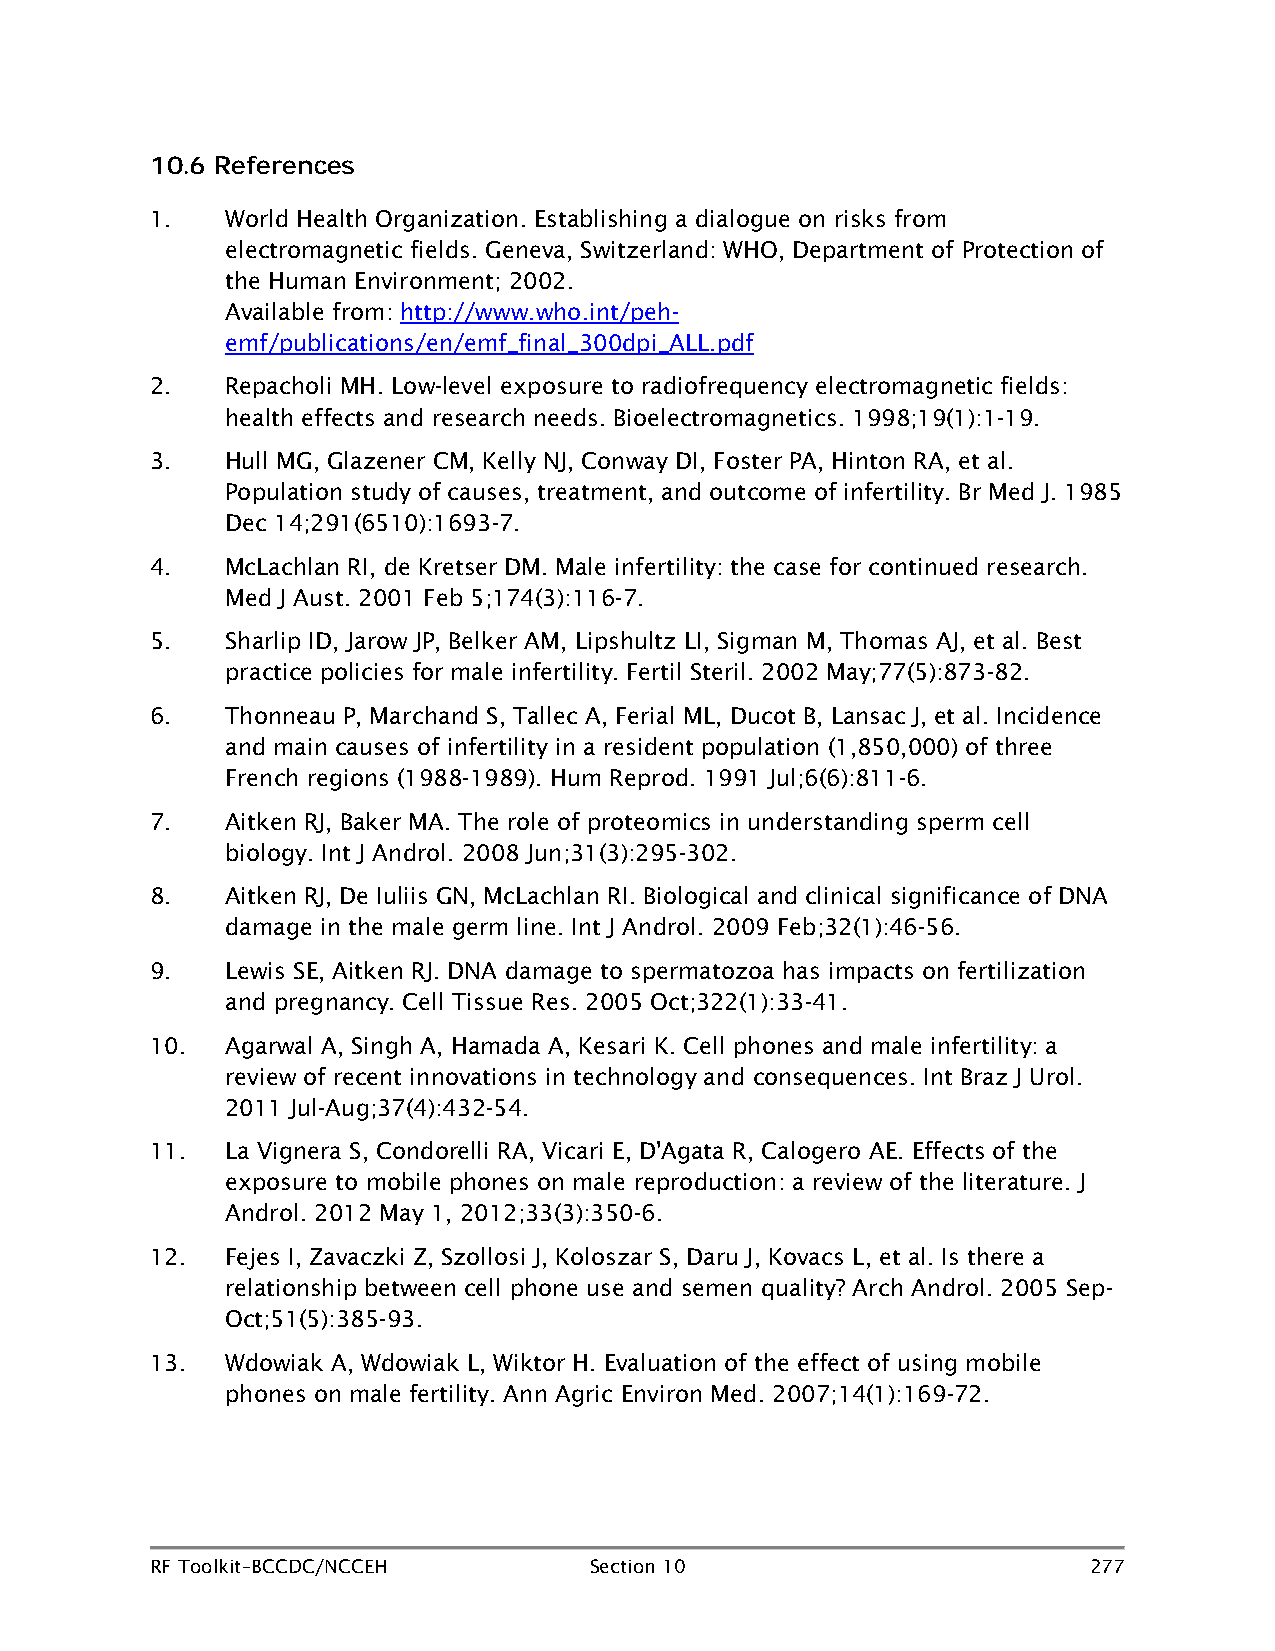
10.6 References
 1.   World Health Organization. Establishing a dialogue on risks from
 electromagnetic fields. Geneva, Switzerland: WHO, Department of Protection of
 the Human Environment; 2002.
 Available from: http://www.who.int/peh-
 emf/publications/en/emf_final_300dpi_ALL.pdf
 2.   Repacholi MH. Low-level exposure to radiofrequency electromagnetic fields:
 health effects and research needs. Bioelectromagnetics. 1998;19(1):1-19.
 3.   Hull MG, Glazener CM, Kelly NJ, Conway DI, Foster PA, Hinton RA, et al.
 Population study of causes, treatment, and outcome of infertility. Br Med J. 1985
 Dec 14;291(6510):1693-7.
 4.   McLachlan RI, de Kretser DM. Male infertility: the case for continued research.
 Med J Aust. 2001 Feb 5;174(3):116-7.
 5.   Sharlip ID, Jarow JP, Belker AM, Lipshultz LI, Sigman M, Thomas AJ, et al. Best
 practice policies for male infertility. Fertil Steril. 2002 May;77(5):873-82.
 6.   Thonneau P, Marchand S, Tallec A, Ferial ML, Ducot B, Lansac J, et al. Incidence
 and main causes of infertility in a resident population (1,850,000) of three
 French regions (1988-1989). Hum Reprod. 1991 Jul;6(6):811-6.
 7.   Aitken RJ, Baker MA. The role of proteomics in understanding sperm cell
 biology. Int J Androl. 2008 Jun;31(3):295-302.
 8.   Aitken RJ, De Iuliis GN, McLachlan RI. Biological and clinical significance of DNA
 damage in the male germ line. Int J Androl. 2009 Feb;32(1):46-56.
 9.   Lewis SE, Aitken RJ. DNA damage to spermatozoa has impacts on fertilization
 and pregnancy. Cell Tissue Res. 2005 Oct;322(1):33-41.
 10.  Agarwal A, Singh A, Hamada A, Kesari K. Cell phones and male infertility: a
 review of recent innovations in technology and consequences. Int Braz J Urol.
 2011 Jul-Aug;37(4):432-54.
 11.  La Vignera S, Condorelli RA, Vicari E, D'Agata R, Calogero AE. Effects of the
 exposure to mobile phones on male reproduction: a review of the literature. J
 Androl. 2012 May 1, 2012;33(3):350-6.
 12.  Fejes I, Zavaczki Z, Szollosi J, Koloszar S, Daru J, Kovacs L, et al. Is there a
 relationship between cell phone use and semen quality? Arch Androl. 2005 Sep-
 Oct;51(5):385-93.
 13.  Wdowiak A, Wdowiak L, Wiktor H. Evaluation of the effect of using mobile
 phones on male fertility. Ann Agric Environ Med. 2007;14(1):169-72.
 RF Toolkit–BCCDC/NCCEH       Section 10                       277